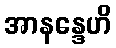
အာနန္ဒေဟိ